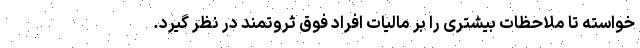
خواسته تا ملاحظات بیشتری را بر مالیات افراد فوق ثروتمند در نظر گیرد.